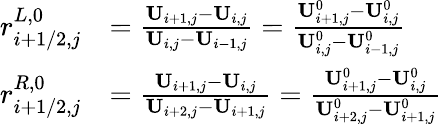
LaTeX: \begin{array}{rl}{r_{i+1/2,j}^{L,0}}&{=\frac{\mathbf{U}_{i+1,j}-\mathbf{U}_{i,j}}{\mathbf{U}_{i,j}-\mathbf{U}_{i-1,j}}=\frac{\mathbf{U}_{i+1,j}^{0}-\mathbf{U}_{i,j}^{0}}{\mathbf{U}_{i,j}^{0}-\mathbf{U}_{i-1,j}^{0}}}\\ {r_{i+1/2,j}^{R,0}}&{=\frac{\mathbf{U}_{i+1,j}-\mathbf{U}_{i,j}}{\mathbf{U}_{i+2,j}-\mathbf{U}_{i+1,j}}=\frac{\mathbf{U}_{i+1,j}^{0}-\mathbf{U}_{i,j}^{0}}{\mathbf{U}_{i+2,j}^{0}-\mathbf{U}_{i+1,j}^{0}}}\end{array}